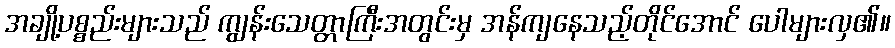
အချို့ပစ္စည်းများသည် ကျွန်းသေတ္တာကြီးအတွင်းမှ အန်ကျနေသည့်တိုင်အောင် ပေါများလှ၏။